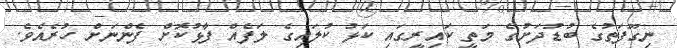
ނިގޫފަތުގެ ބުޑުދަށުގެ މަތީ ކައިރީގައި ކަޅު ކުލައިގެ ލަފެއް ފާޅުކޮށް ފެންނަށް ހުރެއެވެ.